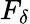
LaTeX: F_{\delta}